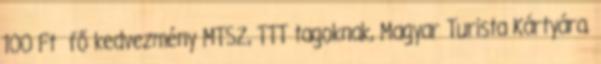
100 Ft fő kedvezmény MTSZ, TTT tagoknak, Magyar Turista Kártyára.